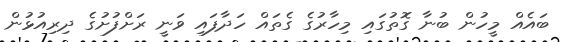
ބައެއް މީހުން ބުނާ ގޮތުގައި މިހާރުގެ ގެތައް ހަދާފައި ވަނީ ރަށްފުށުގެ ދިރިއުޅުން